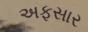
અફસાર